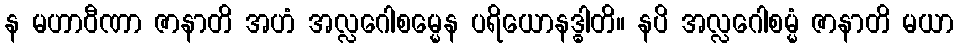
န မဟာဝီဏာ ဇာနာတိ အဟံ အလ္လဂေါစမ္မေန ပရိယောနဒ္ဓါတိ။ နပိ အလ္လဂေါစမ္မံ ဇာနာတိ မယာ